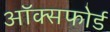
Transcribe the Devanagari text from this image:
अॉक्सफोर्ड